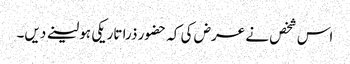
اس شخص نے عرض کی کہ حضور ذرا تاریکی ہو لینے دیں۔